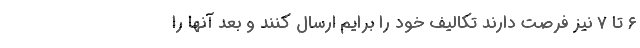
۶ تا ۷ نیز فرصت دارند تکالیف خود را برایم ارسال کنند و بعد آنها را